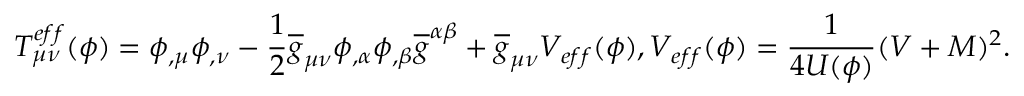
T _ { \mu \nu } ^ { e f f } ( \phi ) = \phi _ { , \mu } \phi _ { , \nu } - \frac { 1 } { 2 } \overline { { { g } } } _ { \mu \nu } \phi _ { , \alpha } \phi _ { , \beta } \overline { { { g } } } ^ { \alpha \beta } + \overline { { { g } } } _ { \mu \nu } V _ { e f f } ( \phi ) , V _ { e f f } ( \phi ) = \frac { 1 } { 4 U ( \phi ) } ( V + M ) ^ { 2 } .